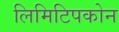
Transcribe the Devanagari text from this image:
लिमिटिपकोन